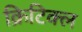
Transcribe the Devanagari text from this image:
क्रिटिक्ल